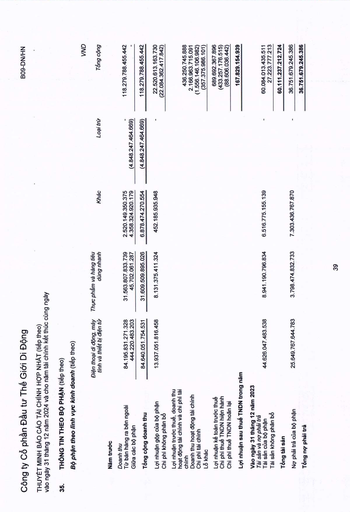
||||||VND| |---|---|---|---|---|---| ||Điện thoại di động, máy tính và thiết bị điện tử|Thực phẩm và hàng tiêu dùng nhanh|Khác|Loại trừ|Tổng cộng| |Năm trước|||||| |Doanh thu|||||| |Từ bán hàng ra bên ngoài|84.195.831.271.328|31.563.807.833.739|2.520.149.350.375||118.279.788.455.442| |Giữa các bộ phận|444.220.483.203|45.702.061.287|4.358.324.920.179|(4.848.247.464.669)|| |Tổng cộng doanh thu|84.640.051.754.531|31.609.509.895.026|6.878.474.270.554|(4.848.247.464.669)|118.279.788.455.442| |Lợi nhuận gộp của bộ phận Chi phí không phân bổ|13.937.051.816.458|8.131.375.411.324|452.185.935.948||22.520.613.163.730 (22.084.362.417.842)| |Lợi nhuận trước thuế, doanh thu hoạt động tài chính và chi phí tài chính|||||436.250.745.888| |Doanh thu hoạt động tài chính|||||2.166.963.715.091| |Chi phí tài chính|||||(1.556.146.106.982)| |Lỗ khác|||||(357.375.986.101)| |Lợi nhuận kế toán trước thuế|||||689.692.367.896| |Chi phí thuế TNDN hiện hành|||||(433.257.176.515)| |Chi phí thuế TNDN hoãn lại|||||(88.606.036.442)| |Lợi nhuận sau thuế TNDN trong năm|||||167.829.154.939| |Vào ngày 31 tháng 12 năm 2023 Tài sản và nợ phải trả|||||| |Tài sản của bộ phận|44.626.047.483.538|8.941.190.796.834|6.516.775.155.139|-|60.084.013.435.511| |Tài sản không phân bổ|||||27.223.777.213| |Tổng tài sản|||||60.111.237.212.724| |Nợ phải trả của bộ phận|25.649.767.644.783|3.798.474.832.733|7.303.436.767.870||36.751.679.245.386| |Tổng nợ phải trả|||||36.751.679.245.386|